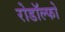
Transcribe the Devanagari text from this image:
रोडॉल्फो